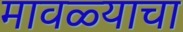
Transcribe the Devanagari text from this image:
मावळ्याचा